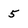
Character: 5